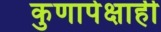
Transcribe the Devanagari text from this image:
कुणापेक्षाही